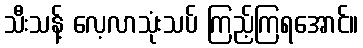
သီးသန့် လေ့လာသုံးသပ် ကြည့်ကြရအောင်။